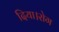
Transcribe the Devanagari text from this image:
दिया।रोग